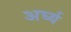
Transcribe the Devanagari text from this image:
अर्घ्य